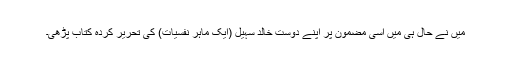
میں نے حال ہی میں اسی مضمون پر اپنے دوست خالد سہیل (ایک ماہرِ نفسیات) کی تحریر کردہ کتاب پڑھی۔